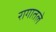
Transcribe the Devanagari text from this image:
रागातले